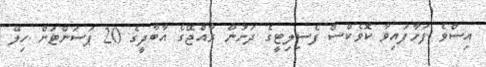
އިސްވެ ފަށާފައިވާ ކޮވެކްސް ފެސިލިޓީގެ ދަށުން ރާއްޖޭގެ އާބާދީގެ 20 ޕަސަންޓަށް ހިލޭ